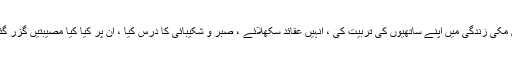
رسول پا ک صلی اللہ علیہ وسلم نے پوری مکی زندگی میں اپنے ساتھیوں کی تربیت کی ، انہیں عقائد سکھلائے ، صبر و شکیبائی کا درس کیا ، ان پر کیا کیا مصیبتیں گزر گئیں لیکن آپ نے صبر کی ہی وصیت کی ۔